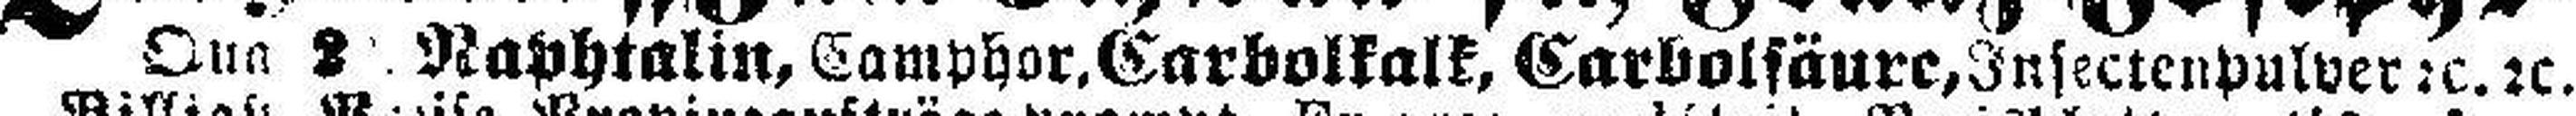
Qua 2 Naphtalin, Camphor, Carbolkalk, Carbolsäure, Insektenpulver 2c. 2c.